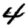
Digit: 4